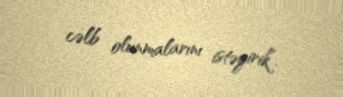
cəlb olunmalarını istəyirik”.